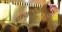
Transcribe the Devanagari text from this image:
द्रायुस्थितिकीचे